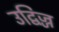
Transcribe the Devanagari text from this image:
उद्विज्ज